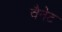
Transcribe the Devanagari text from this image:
वैनेट